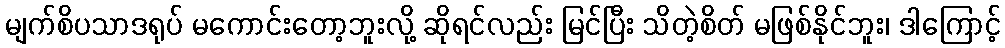
မျက်စိပသာဒရုပ် မကောင်းတော့ဘူးလို့ ဆိုရင်လည်း မြင်ပြီး သိတဲ့စိတ် မဖြစ်နိုင်ဘူး၊ ဒါကြောင့်